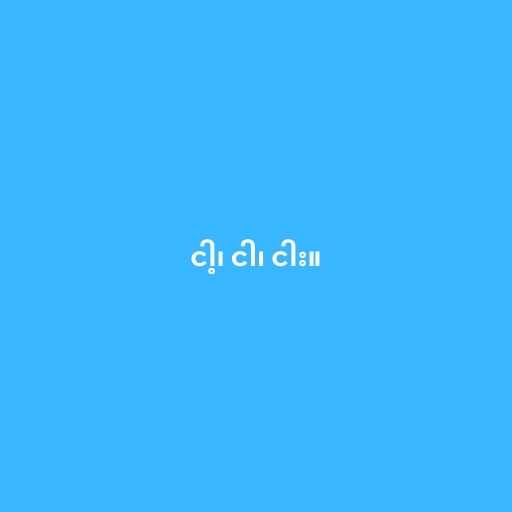
ငါ့၊ ငါ၊ ငါး။